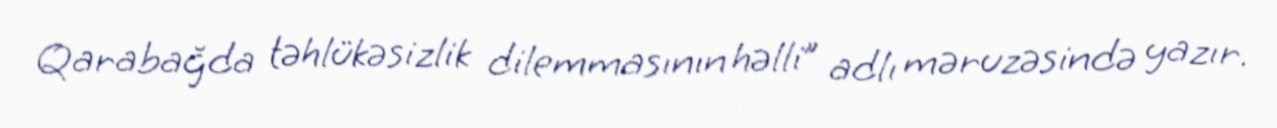
Qarabağda təhlükəsizlik dilemmasının həlli” adlı məruzəsində yazır.